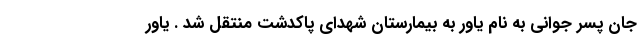
جان پسر جوانی به نام یاور به بیمارستان شهدای پاکدشت منتقل شد . یاور